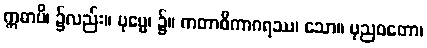
ဣဓာပိ၊ ၌လည်း။ ပုဗ္ဗေ၊ ၌။ ကတာဓိကာဂရဿ၊ သော။ ပုညဝတော၊